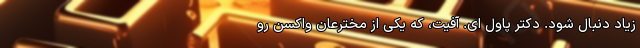
زیاد دنبال شود. دکتر پاول اِی. آفیت، که یکی از مخترعانِ واکسنِ رو